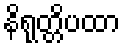
နိရုတ္တိပထာ